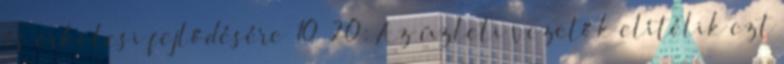
és erkölcsi fejlődésére ‘10 20: Az üzleti vezetők elítélik ezt